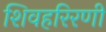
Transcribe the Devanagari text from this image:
शिवहरिरणी